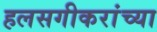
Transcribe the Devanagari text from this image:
हलसगीकरांच्या